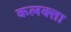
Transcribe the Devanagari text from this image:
कलक्‍त्ता